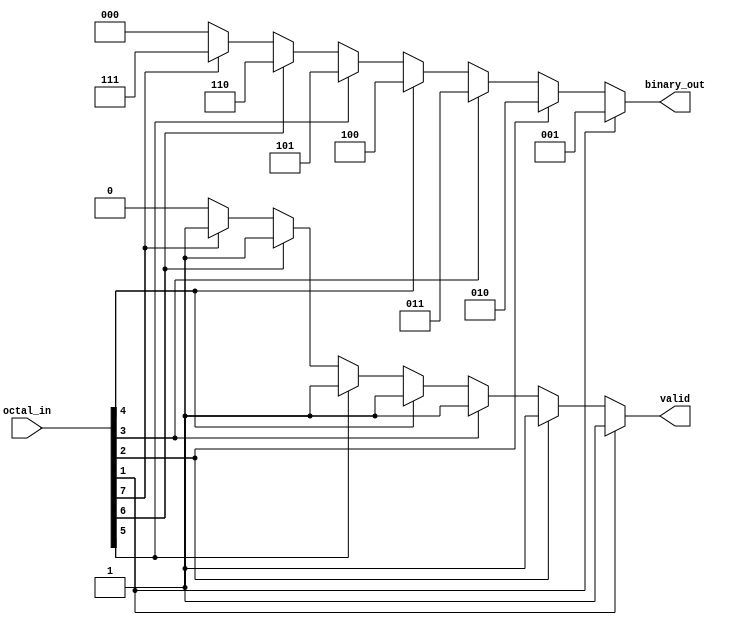
module octal_to_binary_encoder (
    input  wire [7:0] octal_in,   // 8-bit octal input
    output reg  [2:0] binary_out,  // 3-bit binary output
    output reg        valid         // Validity output
);

    always @(*) begin
        // Default values
        binary_out = 3'b000; // Default output for octal 0
        valid = 1'b0;        // Default validity

        // Check for valid octal input (1 to 7)
        if (octal_in[1]) begin
            binary_out = 3'b001; // Octal 1
            valid = 1'b1;
        end else if (octal_in[2]) begin
            binary_out = 3'b010; // Octal 2
            valid = 1'b1;
        end else if (octal_in[3]) begin
            binary_out = 3'b011; // Octal 3
            valid = 1'b1;
        end else if (octal_in[4]) begin
            binary_out = 3'b100; // Octal 4
            valid = 1'b1;
        end else if (octal_in[5]) begin
            binary_out = 3'b101; // Octal 5
            valid = 1'b1;
        end else if (octal_in[6]) begin
            binary_out = 3'b110; // Octal 6
            valid = 1'b1;
        end else if (octal_in[7]) begin
            binary_out = 3'b111; // Octal 7
            valid = 1'b1;
        end
        // If octal_in[0] is high, binary_out remains 000 and valid stays 0
    end

endmodule